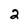
Character: 2